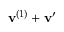
\mathbf { v } ^ { ( 1 ) } + \mathbf { v } ^ { \prime }